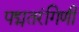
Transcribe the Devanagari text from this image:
पद्मतरंगिणी